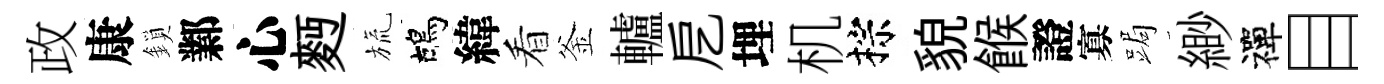
政康鎖鄴心麪旒鴣緯看釜轤戹埋机棕貌餱證寡跼緲禪目